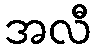
အလီ